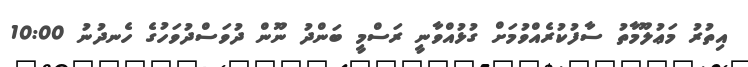
އިތުރު މަޢުލޫމާތު ސާފުކުރެއްވުމަށް ގުޅުއްވާނީ ރަސްމީ ބަންދު ނޫން ދުވަސްދުވަހުގެ ހެނދުނު 10:00